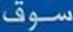
سوق